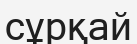
сұрқай